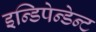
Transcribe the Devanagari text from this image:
इन्डिपेन्डेन्ट